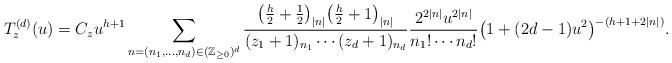
LaTeX: \begin{align*} T^{(d)}_z(u)=C_zu^{h+1}\sum_{n=(n_1,\ldots,n_d)\in(\mathbb{Z}_{\ge 0})^d}\frac{\bigl(\frac{h}{2}+\frac{1}{2}\bigr)_{|n|}\bigl(\frac{h}{2}+1\bigr)_{|n|}}{(z_1+1)_{n_1}\cdots (z_d+1)_{n_d}}\frac{2^{2|n|}u^{2|n|}}{n_1!\cdots n_d!}\bigl(1+(2d-1)u^2\bigr)^{-(h+1+2|n|)}.\end{align*}